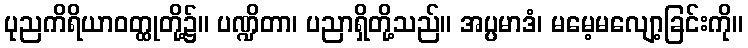
ပုညကိရိယာဝတ္ထုတို့၌။ ပဏ္ဍိတာ၊ ပညာရှိတို့သည်။ အပ္ပမာဒံ၊ မမေ့မလျော့ခြင်းကို။